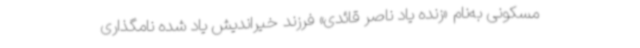
مسکونی به‌نام «زنده یاد ناصر قائدی» فرزند خیراندیش یاد شده نامگذاری